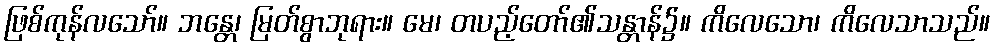
ဖြစ်ကုန်လသော်။ ဘန္တေ၊ မြတ်စွာဘုရား။ မေ၊ တပည့်တော်၏သန္တာန်၌။ ကိလေသော၊ ကိလေသာသည်။